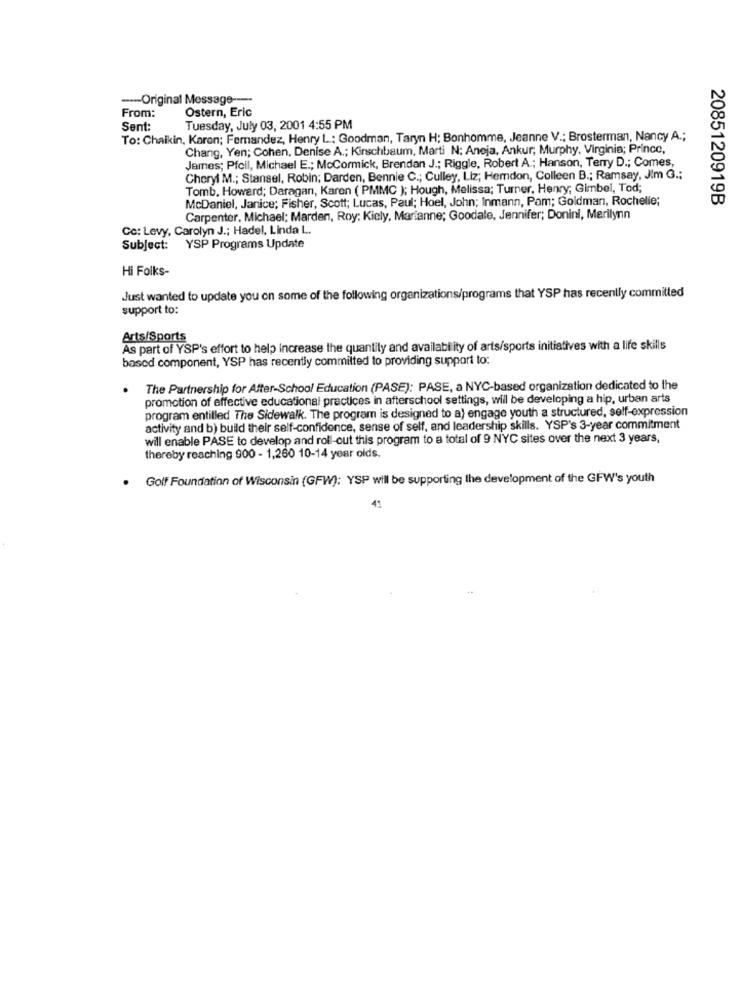
-- Original Message ---
From:
Ostern, Eric
Sent:
Tuesday, July 03, 2001 4:55 PM
To: Chaikin, Karon; Fernandez, Henry L .; Goodman, Taryn H; Bonhomme, Jeanne V .; Brosterman, Nancy A .;
Chang, Yen; Cohen, Denise A .; Kirschbaum, Marti N: Anoja, Ankur; Murphy, Virginia; Prince,
James; Pfcil, Michael E .; McCormick, Brendan J .; Riggle, Robert A .; Hanson, Terry D .; Comes,
Cheryl M .; Stansel, Robin; Darden, Bennie C .; Culley, Liz; Hemdon, Colleen B .; Ramsay, Jim G .;
Tomb. Howard; Daragan, Karen ( PMMC ); Hough, Melissa; Turner, Henry; Gimbel, Tod;
McDaniel, Janice; Fisher, Scott; Lucas, Paul; Hoel, John; Inmann, Pam; Goldman, Rochelle;
2085120919B
Carpenter, Michael; Marden, Roy: Kiely, Marianne; Goodale, Jennifer; Donini, Marilynn
Cc: Levy, Carolyn J .; Hadel, Linda L.
Subject: YSP Programs Update
Hi Folks-
Just wanted to update you on some of the following organizations/programs that YSP has recently committed
support to:
Arts/Sports
As part of YSP's effort to help increase the quantity and availability of arts/sports initiatives with a life skills
based component, YSP has recently committed to providing support to:
.
The Partnership for After-School Education (PASE): PASE, a NYC-based organization dedicated to the
promotion of effective educational practices in afterschool settings, will be developing a hip, urban arts
program entilled The Sidewalk. The program is designed to a) engage youth a structured, self-expression
activity and b) build their self-confidence, sense of self, and leadership skills. YSP's 3-year commitment
will enable PASE to develop and roll-out this program to a total of 9 NYC sites over the next 3 years,
thereby reaching 900 - 1,260 10-14 year olds.
. Golf Foundation of Wisconsin (GFW): YSP will be supporting the development of the GFW's youth
41